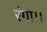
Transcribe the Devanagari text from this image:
रंगा।।